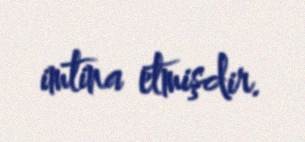
imtina etmişdir.